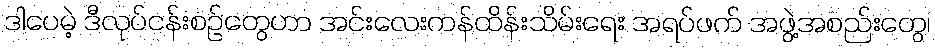
ဒါပေမဲ့ ဒီလုပ်ငန်းစဉ်တွေဟာ အင်းလေးကန်ထိန်းသိမ်းရေး အရပ်ဖက် အဖွဲ့အစည်းတွေ၊